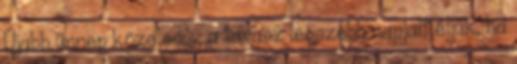
Újabb ünnep közeledik, a tavasz legszebb napjait éljük, ha